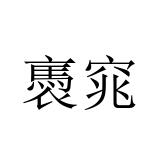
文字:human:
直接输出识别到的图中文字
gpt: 褭窕